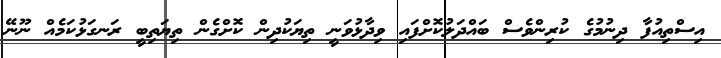
އިސްތިއުފާ ދިނުމުގެ ކުރިންވެސް ބައްދަލުކޮށްފައި ވިދާޅުވަނީ ތިޔަކުދިން ކޮށްގެން ތިޔަތިބީ ރަނގަޅުކަމެއް ނޫނޭ